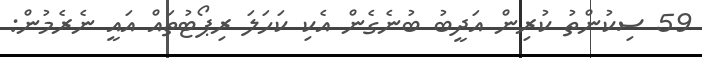
59 ސިކުންތު ކުރިން އަދީބު ބުނެގެން އެކި ކަހަލަ ރިޕޯޓުތައް އައީ ނެރެމުން: